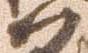
如